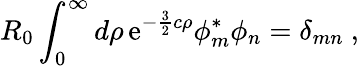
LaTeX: R_{0}\int_{0}^{\infty}d\rho\, \mathrm{e}^{-\frac{{3}}{{2}}c\rho}\phi_{m}^{\ast}\phi_{n}=\delta_{mn}~,